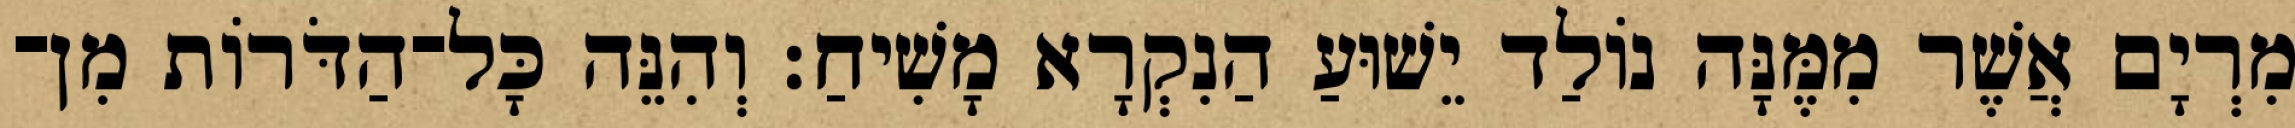
מִרְיָם אֲשֶׁר מִמֶּנָּה נוֹלַד יֵשׁוּעַ הַנִקְרָא מָשִׁיחַ׃ וְהִנֵּה כָּל־הַדֹּרוֹת מִן־